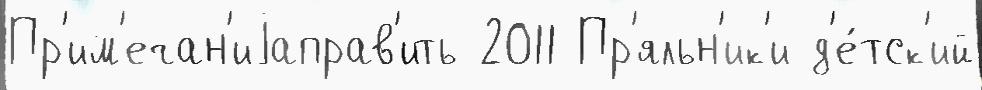
Пр'им'ечан'иjаправ'ить 2011 Пр'яльн'ик'и д'е́тск'ий